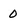
Character: 0